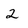
Character: 2